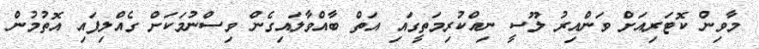
މާވިން ކޮޓަރިއަށް ވަންއިރު ލޫސީ ނިއްކުރިމަތީގައި އަތް ބާއްވާލައިގެން ވިސްނުމަކަށް ގެއްލިފައި އޮތުމުން